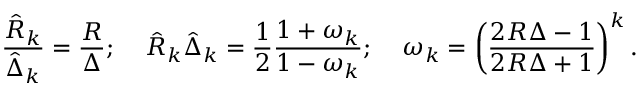
\frac { \hat { R } _ { k } } { \hat { \Delta } _ { k } } = \frac { R } { \Delta } ; \; \; \; \; \hat { R } _ { k } \hat { \Delta } _ { k } = \frac 1 2 \frac { 1 + \omega _ { k } } { 1 - \omega _ { k } } ; \; \; \; \; \omega _ { k } = \left( \frac { 2 R \Delta - 1 } { 2 R \Delta + 1 } \right) ^ { k } .